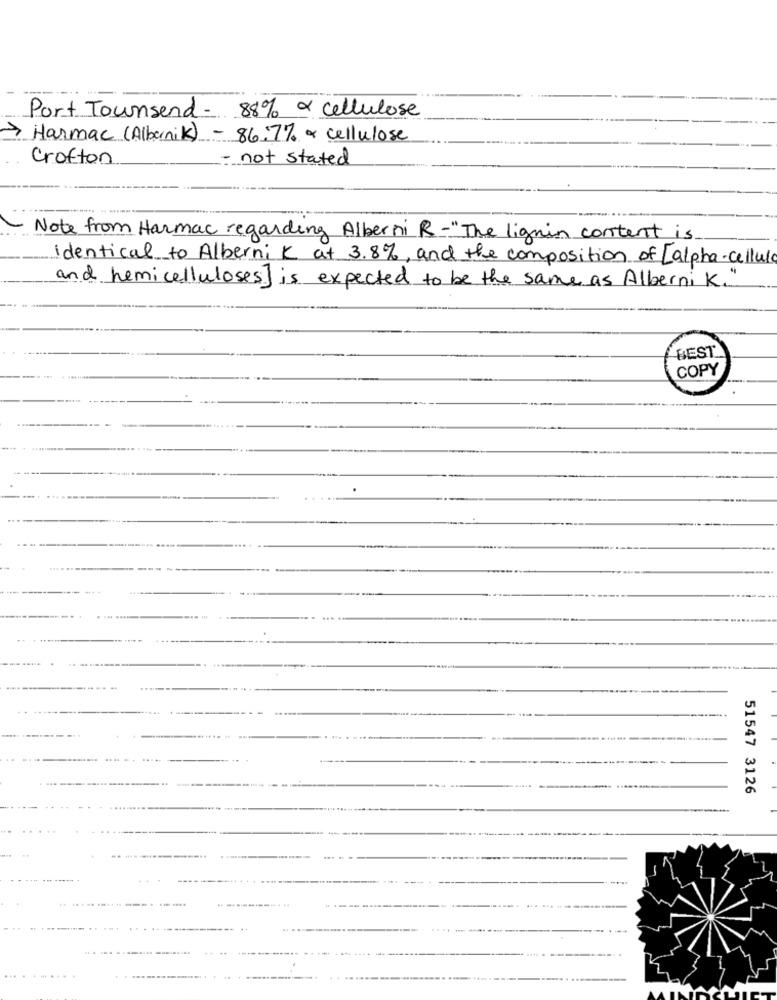
Port Townsend- 88% & cellulose
> Harmac (Albanik)
- 86:7% & cellulose
Crofton
- not stated
Note from Harmac regarding Alberni R-"The lignin content is
identical to Alberni K at 3.8%, and the composition of [alpha-cellule
and hemicelluloses] is expected to be the same as Alberni K."
BEST
COPY
51547 3126